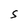
Character: S